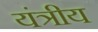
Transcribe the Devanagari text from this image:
यंत्रीय